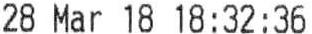
28 MAR 18 18:32:36